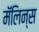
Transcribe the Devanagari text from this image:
मॅलिन्स